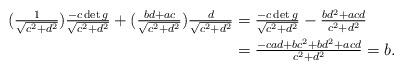
LaTeX: \begin{align*}(\tfrac{1}{ \sqrt{c^2+d^2}} )\tfrac{-c\det g }{\sqrt{c^2+d^2}} +(\tfrac{bd+ac}{\sqrt{c^2+d^2}} )\tfrac{d}{\sqrt{c^2+d^2}}&= \tfrac{-c\det g}{ \sqrt{c^2+d^2}}- \tfrac{bd^2+acd}{c^2+d^2}\\&= \tfrac{-cad+bc^2+bd^2+acd}{c^2+d^2}=b.\end{align*}